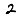
Digit: 2